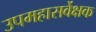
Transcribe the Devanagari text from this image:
उपमहासर्वेक्षक